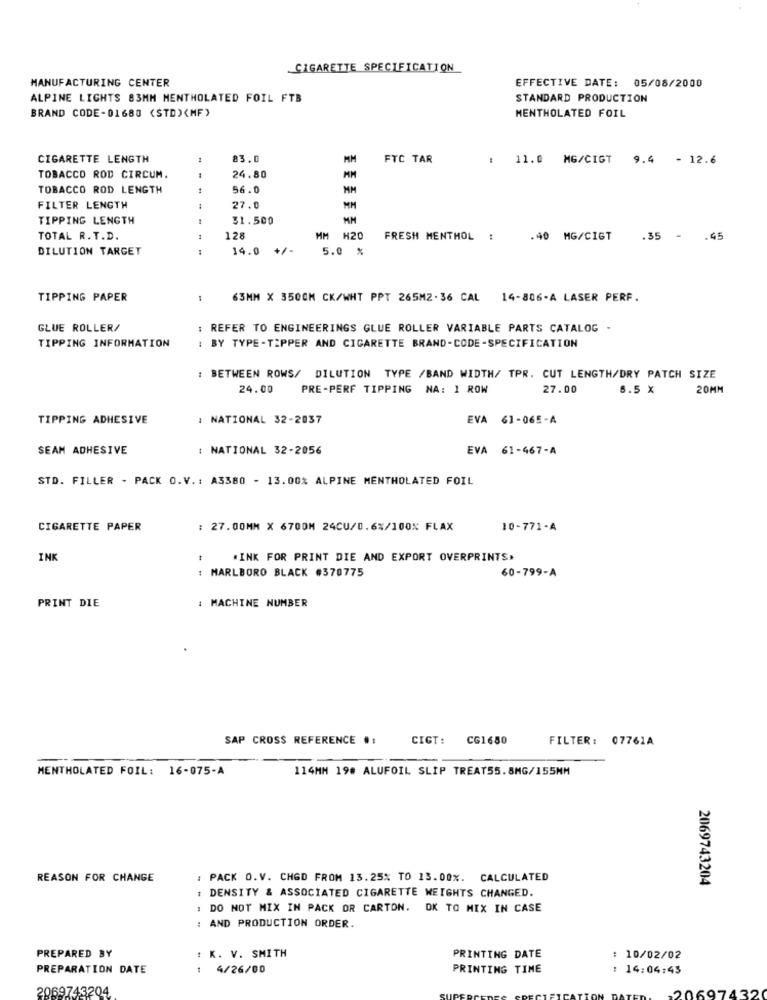
CIGARETTE SPECIFICATION
MANUFACTURING CENTER
EFFECTIVE DATE: 05/08/2000
ALPINE LIGHTS 83MM MENTHOLATED FOIL FTB
STANDARD PRODUCTION
BRAND CODE-01680 (STD)(MF)
MENTHOLATED FOIL
CIGARETTE LENGTH
1
83.0
MM
FTC TAR
: 11.0 MG/CIGT
9.4 - 12.6
TOBACCO ROD CIRCUM.
24.80
TOBACCO ROD LENGTH
56.0
MM
FILTER LENGTH
27.0
TIPPING LENGTH
31.500
MM
TOTAL R. T.D.
128
MM H20
FRESH MENTHOL 1
.40 MG/CIGT
.35 - . 45
DILUTION TARGET
---
14.0 +/-
5.0 %
TIPPING PAPER
63MM X 350CM CK/WHT PPT 265M2-36 CAL 14-806-A LASER PERF.
GLUE ROLLER/
: REFER TO ENGINEERINGS GLUE ROLLER VARIABLE PARTS CATALOG -
TIPPING INFORMATION
: BY TYPE-TIPPER AND CIGARETTE BRAND-CODE-SPECIFICATION
: BETWEEN ROWS/ DILUTION TYPE /BAND WIDTH/ TPR. CUT LENGTH/DRY PATCH SIZE
24.00
PRE-PERF TIPPING NA: 1 ROW
27.00
6.5 X
20MM
TIPPING ADHESIVE
: NATIONAL 32-2037
EVA 61-065-A
SEAM ADHESIVE
: NATIONAL 32-2056
EVA 61-467-A
STD. FILLER - PACK O.V .: A3380 - 13.00% ALPINE MENTHOLATED FOIL
CIGARETTE PAPER
: 27.00MM X 6700M 24CU/0.6%/100% FLAX
10-771-A
INK
.INK FOR PRINT DIE AND EXPORT OVERPRINTS.
: MARLBORO BLACK #370775
60-799-A
: MACHINE NUMBER
PRINT DIE
SAP CROSS REFERENCE #:
CIGT: CG1680
FILTER: 07761A
MENTHOLATED FOIL: 16-075-A
114MM 198 ALUFOIL SLIP TREATS5.8MG/155MM
REASON FOR CHANGE
: PACK O.V. CHGD FROM 13.25% TO 13.00%. CALCULATED
2069743204
: DENSITY & ASSOCIATED CIGARETTE WEIGHTS CHANGED.
DO NOT MIX IN PACK OR CARTON. OK TO MIX IN CASE
: AND PRODUCTION ORDER.
PREPARED BY
: K. V. SMITH
PRINTING DATE
: 10/02/02
PREPARATION DATE
:4/26/00
PRINTING TIME
: 14:04:43
2069743204
-20697432